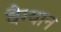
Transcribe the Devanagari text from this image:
वैग्यान